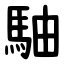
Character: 駎